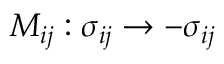
M _ { i j } : \sigma _ { i j } \rightarrow - \sigma _ { i j }